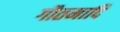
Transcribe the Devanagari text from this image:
गौतमादि